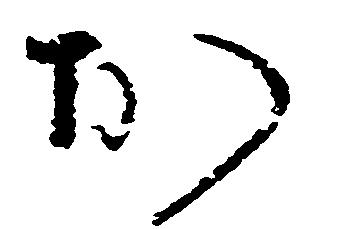
お